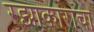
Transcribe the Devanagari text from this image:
रझाकाराचा